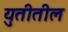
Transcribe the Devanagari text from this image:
युतीतील